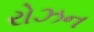
રોઝન